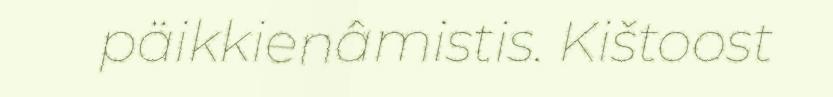
päikkienâmistis. Kištoost